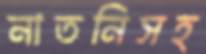
নাতনিসহ